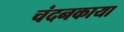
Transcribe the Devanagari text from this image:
चंदनकाया